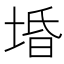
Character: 𱗃